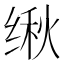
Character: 𬘴